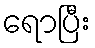
ရောပြီး